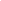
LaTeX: \begin{array}{rll}\end{array}